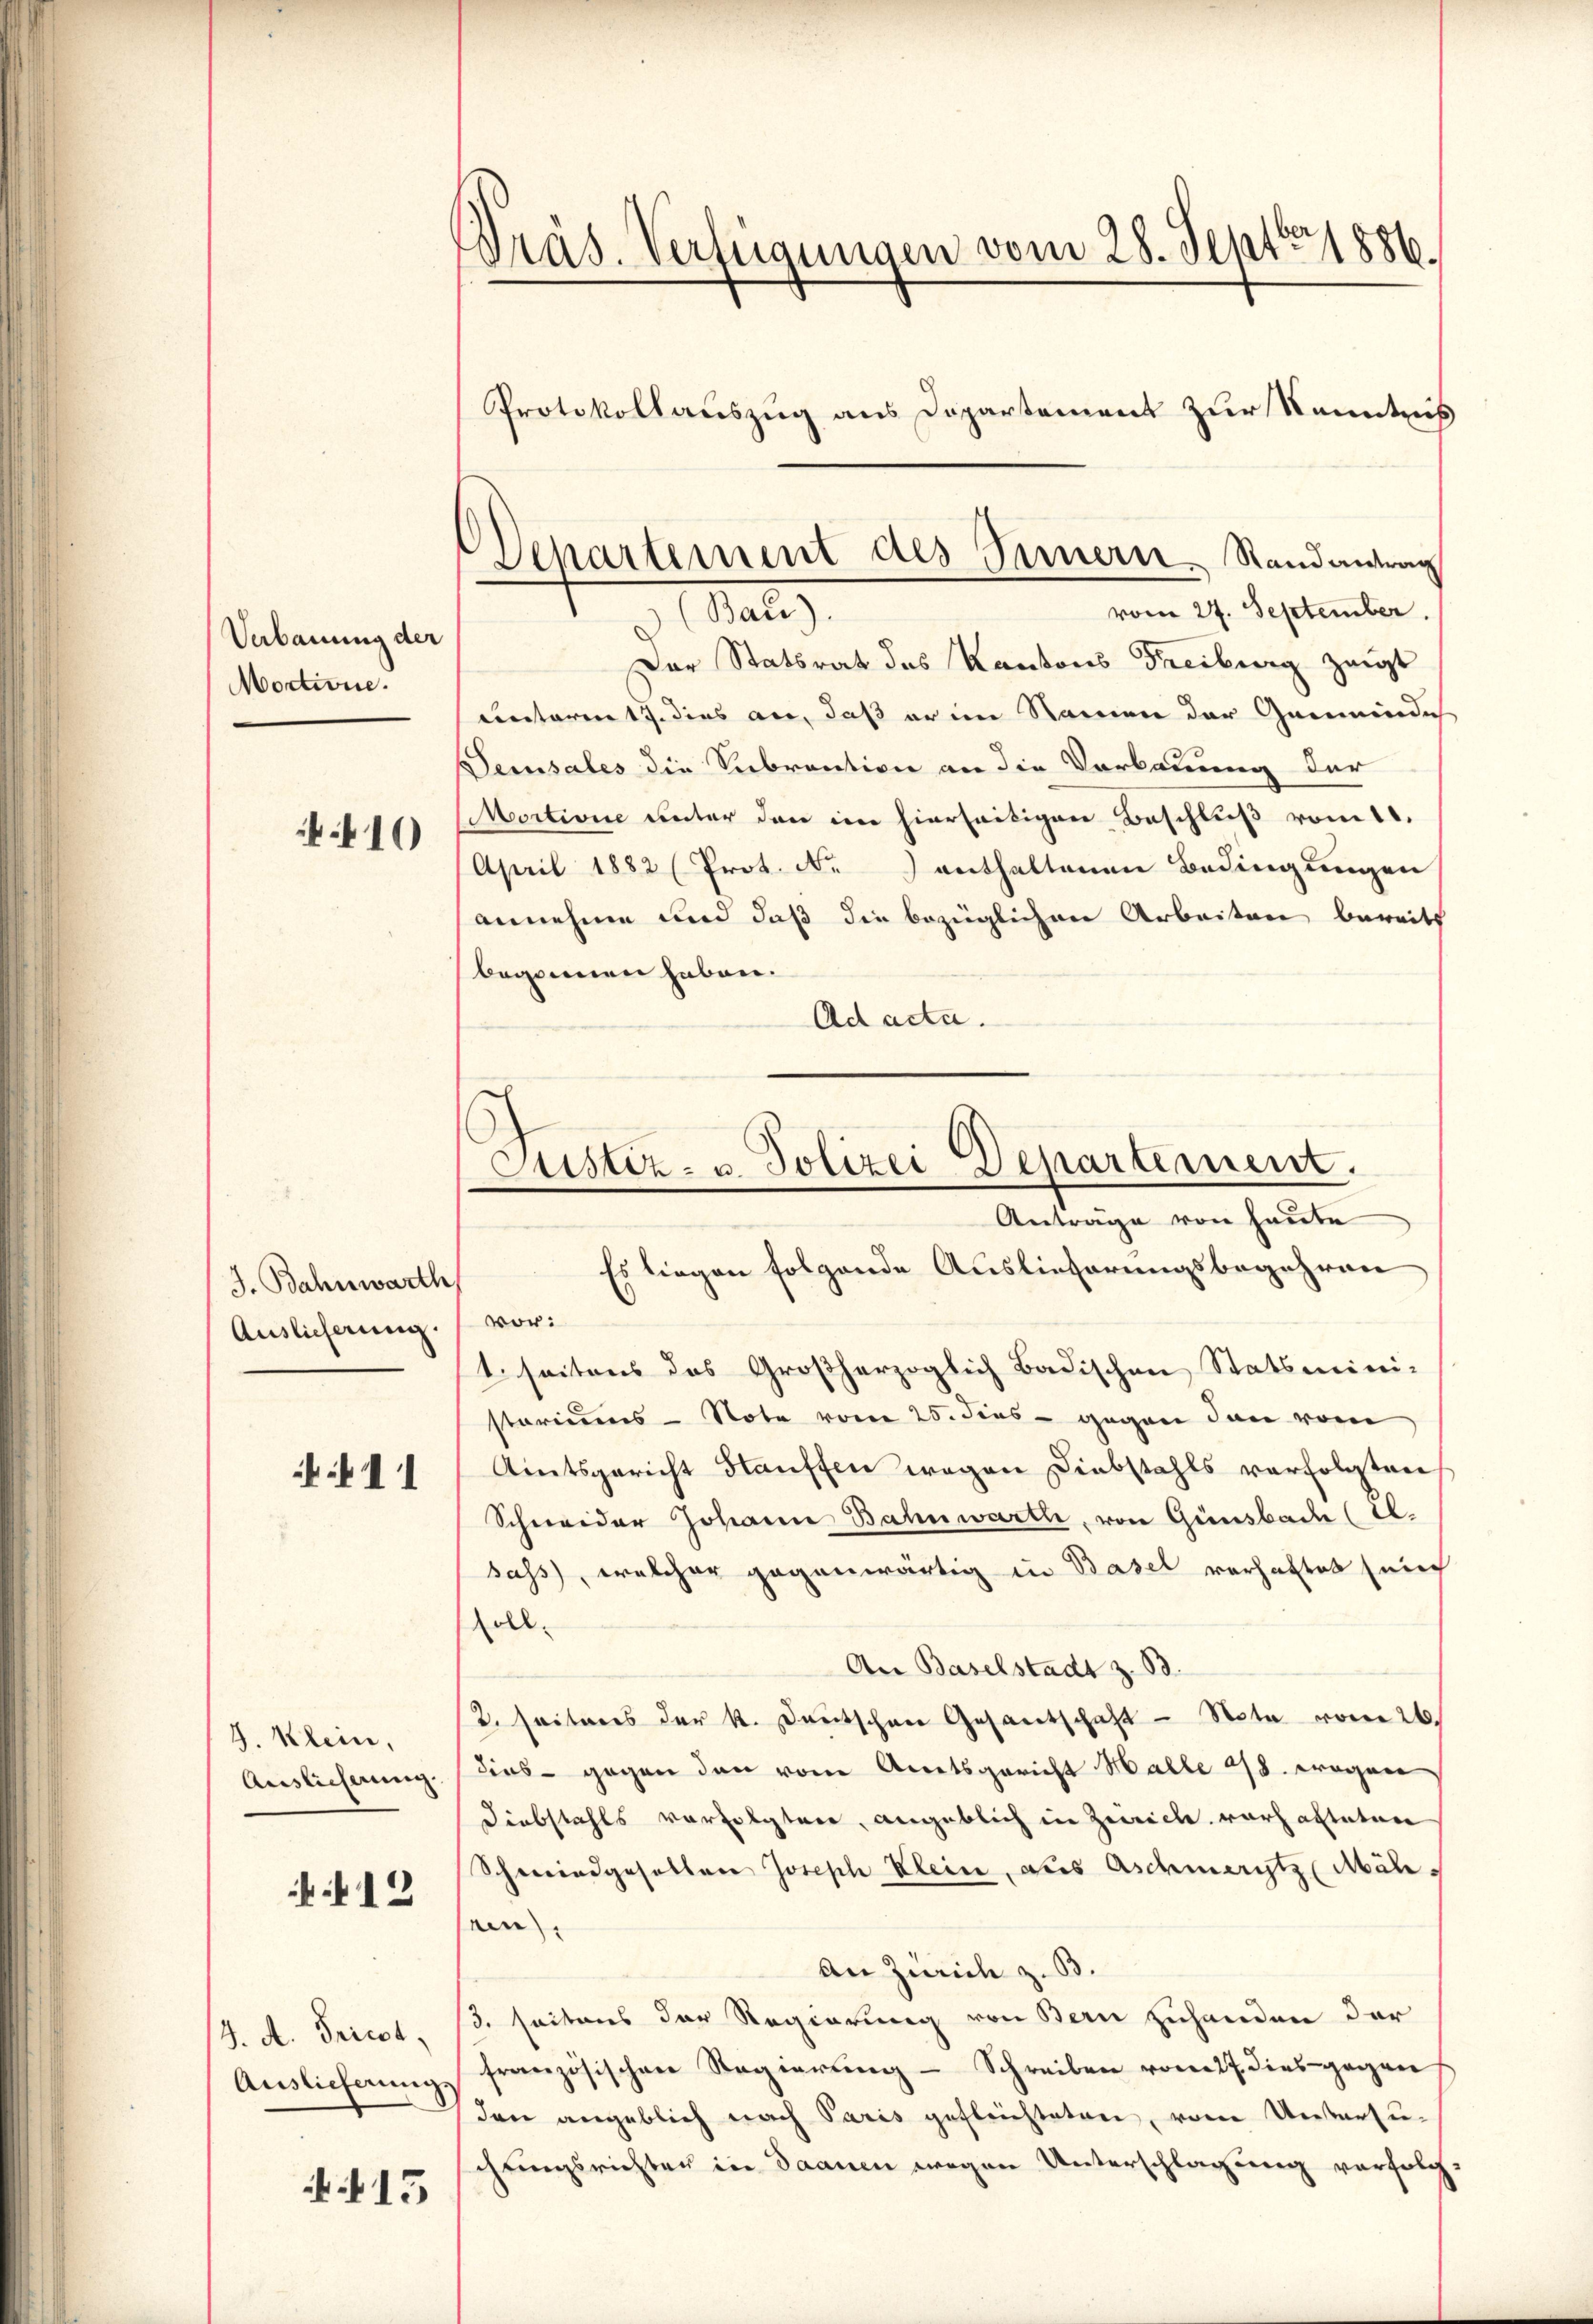
Verbauung der
Moctione.
410

J. Bahnwarth
Auslicherung.

11

J. Klein,
Auslieferung.

12

4. A. Griest,
Auslieferungs

15

f
Präs. Verfügungen vom 28. Sept. 1886.
Protokollauszug aus Departement zur Kenntniß

Departement des Innern. Randantrag
vom 27. September.
Malz

Der Statsrat des Kantons Freiburg zeigt
entaren 17. dies an, daß er im Namen der Gemeinlich
Sensales die Subvention an die Vorbauung der
Mortione unter den im hierseitigen Beschluß vom 11.
April 1882 (Prot. N. 3 enthaltenen Bedingungen
annehme und daß die bezüglichen Arbeiten bereits
begonnen haben.
Ad acta.

Justiz- u. Polizei Departement.
Antrage von heute

Es liegen folgende Auslieferungsbegehren
vor:
1. seitens des Großherzoglich Badischen Statsmini-
stariums - Note vom 25. dies - gegen den vom
Amtsgericht Hauffen wegen Diebstahls verfolgten
Schweider Johann Bahnwarth, von Gänsbade (2.
sass, welcher gegenwärtig in Basel verhaftet sein
soll.
An Baselstadt z. B.
2. seitens der k. Deutschen Gesantschaft - Nota vom 26.
dies - gegen den vom Amtsgericht Halle 418. wegen
Diebstahls verfolgten, angeblich in Zeiche vorhalteten
Schweindgesellen Joseph Klein, das Aschmeritz (Mäh-
ren),
An Zürich z. B.
3. seitens der Regierung von Bern zuhanden der
französischen Regierŭng - Schreiben vom 27. dies gegen
den angeblich nach Paris gefleichteten, vom Untersuchungsrichten in Saanen wegen Unterschlagung verfolg¬